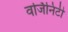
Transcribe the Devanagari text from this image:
वर्जिनिटी